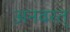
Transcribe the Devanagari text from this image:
अनवरत्